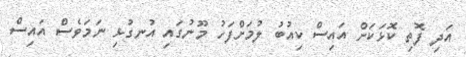
އަދި ފޮތި ކޮޅަކަށް އައިސް ކިއުބު ލުމަށްފަހު މޫނުގައި އުނގުޅި ނަމަވެސް އައިސް